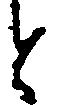
と